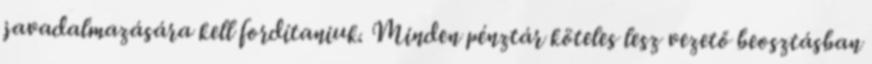
javadalmazására kell fordítaniuk. Minden pénztár köteles lesz vezető beosztásban